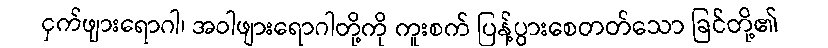
ငှက်ဖျားရောဂါ၊ အဝါဖျားရောဂါတို့ကို ကူးစက် ပြန့်ပွားစေတတ်သော ခြင်တို့၏